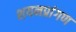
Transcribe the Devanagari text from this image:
शयनप्रांगण